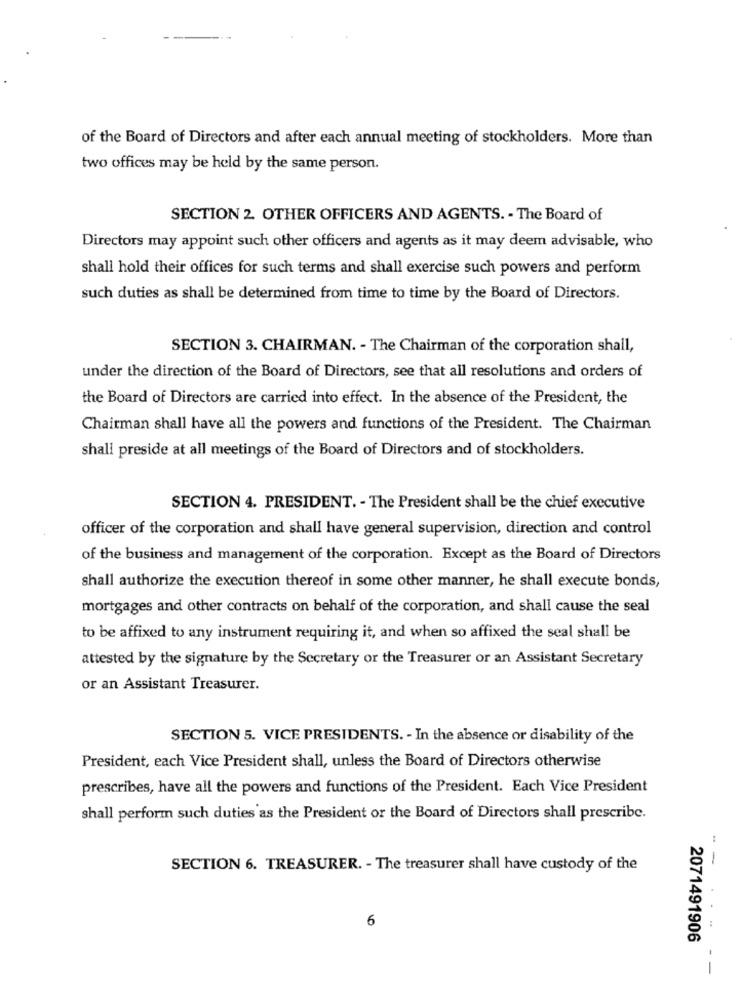
of the Board of Directors and after each annual meeting of stockholders. More than
two offices may be held by the same person.
SECTION 2. OTHER OFFICERS AND AGENTS. - The Board of
Directors may appoint such other officers and agents as it may deem advisable, who
shall hold their offices for such terms and shall exercise such powers and perform
such duties as shall be determined from time to time by the Board of Directors.
SECTION 3. CHAIRMAN. - The Chairman of the corporation shall,
under the direction of the Board of Directors, see that all resolutions and orders of
the Board of Directors are carried into effect. In the absence of the President, the
Chairman shall have all the powers and functions of the President. The Chairman
shall preside at all meetings of the Board of Directors and of stockholders.
SECTION 4. PRESIDENT. - The President shall be the chief executive
officer of the corporation and shall have general supervision, direction and control
of the business and management of the corporation. Except as the Board of Directors
shall authorize the execution thereof in some other manner, he shall execute bonds,
mortgages and other contracts on behalf of the corporation, and shall cause the seal
to be affixed to any instrument requiring it, and when so affixed the seal shall be
attested by the signature by the Secretary or the Treasurer or an Assistant Secretary
or an Assistant Treasurer.
SECTION 5. VICE PRESIDENTS. - In the absence or disability of the
President, each Vice President shall, unless the Board of Directors otherwise
prescribes, have all the powers and functions of the President. Each Vice President
shall perform such duties as the President or the Board of Directors shall prescribe.
SECTION 6. TREASURER. - The treasurer shall have custody of the
--
6
2071491906
--